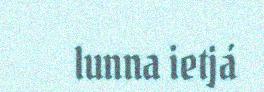
lunna ietjá